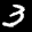
Label: 3